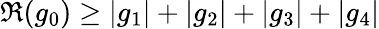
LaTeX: \Re(g_{0})\geq|g_{1}|+|g_{2}|+|g_{3}|+|g_{4}|